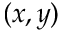
( x , y )